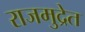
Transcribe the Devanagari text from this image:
राजमुद्रेत